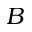
B